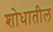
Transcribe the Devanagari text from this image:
शोधातील